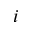
i